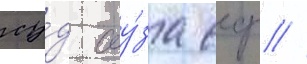
су́д соу́за сср //